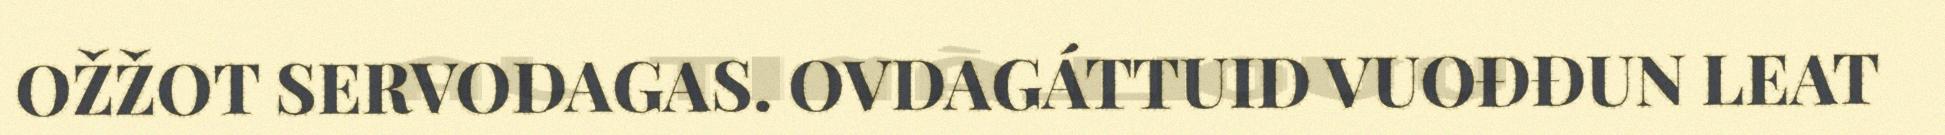
OŽŽOT SERVODAGAS. OVDAGÁTTUID VUOĐĐUN LEAT